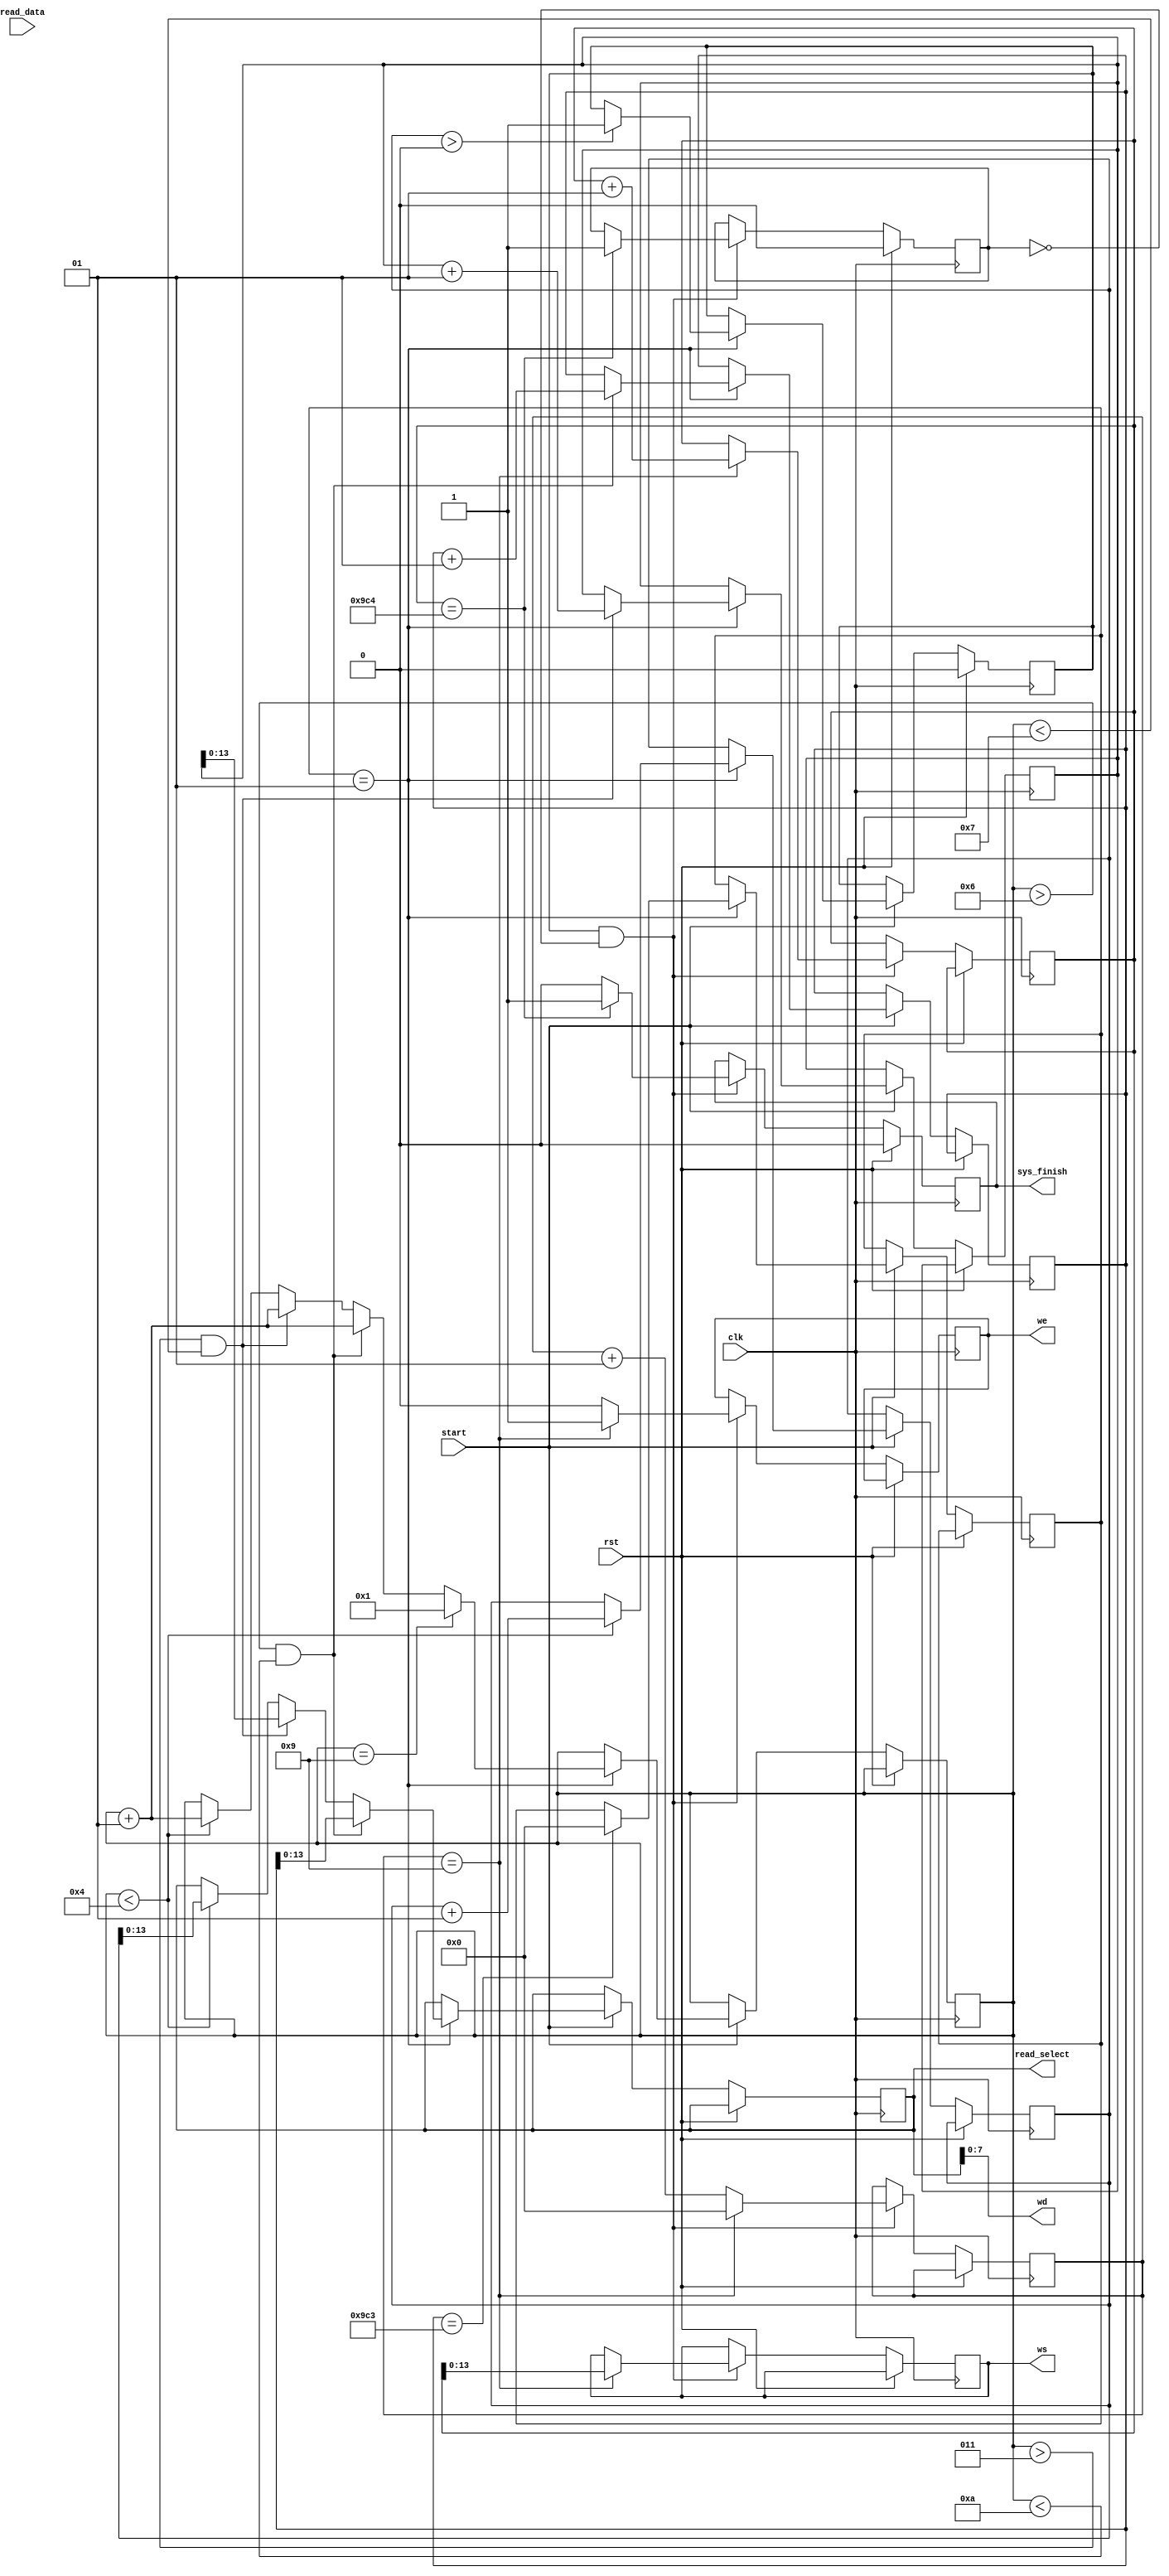
`timescale 1ns / 1ns
//////////////////////////////////////////////////////////////////////////////////
// Company: Boston University
// Engineer: 
// 
// Design Name: 
// Module Name:    Scan 
// Project Name: 
// Target Devices: 
// Tool versions: 
// Description: 
//
// Dependencies: 
//
// Revision: 
// Revision 0.01 - File Created
// Additional Comments: 
//
//////////////////////////////////////////////////////////////////////////////////
module scan(read_select, read_data, clk, start, rst, ws, we, wd, sys_finish);

input [7:0] read_data;
input clk, start, rst;
output reg [13:0] read_select, ws;
output [7:0] wd;
output reg sys_finish, we;
reg scan_start=0,stop=0;
integer i=1,k=0,l=50,m=100,flag=1, x1=0, j=0, z=0;
wire [7:0] w [8:0];
reg [15:0] y2;
wire [15:0]yyy;
reg [15:0] y1 = 0;

assign w[0] = 8'h01;
assign w[1] = 8'h02;
assign w[2] = 8'h01;
assign w[3] = 8'h02;
assign w[4] = 8'h04;
assign w[5] = 8'h02;
assign w[6] = 8'h01;
assign w[7] = 8'h02;
assign w[8] = 8'h01;

always@(posedge clk)
begin
if(rst)
	scan_start<=0;
else if(start ==1)
begin
	if(flag == 1)
	begin
		/*x1=x1+1;
		if(x1%1600==0)
		begin*/
			if(i<4)
				begin
					read_select <= k;
					k<=k+1;
					i<=i+1;
				end
			if(i>3 && i<7)
				begin
					read_select <= l;
					l <= l+1;
					i<=i+1;
				end
			if(i>6 && i<10)
				begin
					read_select <= m;
					m <= m+1;
					i<=i+1;
				end
			if(i == 9)
				i <= 1;
			if(m == 2499)
				flag = 0;
			if(k>0)
				scan_start<=1;
			end
		//end			
end
end

always@(posedge clk)
begin
		if(rst)
		begin
		sys_finish<=0;
		stop<=0;
		end
		else	
		if(scan_start ==1 && stop ==0 )
		begin
			if(z==9)
				begin
					z <= 0;
					ws<=j;
					we<=1;
					j<=j+1;
					y1<=0;
				end	
			else
				begin
					we<=0;
					z <= z+1;
					y1 <= y1 + w[z]*read_data;
				end	
				y2<=y1;
			if(j == 2500)
				begin
					sys_finish <= 1;
					stop <=1;
				end
			else 
			sys_finish <=0;
		end
end	

assign yyy = y2>>4;
assign wd= read_select;

endmodule